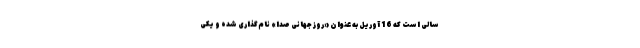
سالی است که 16 آوریل به عنوان «روز جهانی صدا» نام‌گذاری شده و یکی